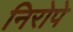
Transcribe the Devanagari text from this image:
निरोपे